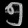
Digit: ၅